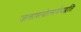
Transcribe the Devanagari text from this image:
जलाशयोत्सर्गपद्धति